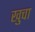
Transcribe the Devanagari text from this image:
खुचा